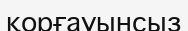
қорғауынсыз